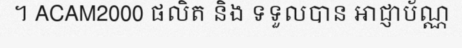
។ ACAM2000 ផលិត និង ទទួលបាន អាជ្ញាប័ណ្ណ